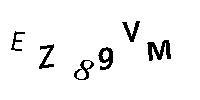
EZ89VM